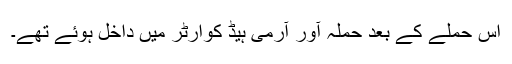
اِس حملے کے بعد حملہ آور آرمی ہیڈ کوارٹر میں داخل ہوئے تھے۔